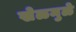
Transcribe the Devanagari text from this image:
खेळमुळे